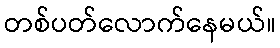
တစ်ပတ်လောက်နေမယ်။